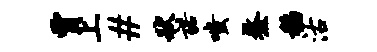
贾上#状诺嗤鳌稻沽